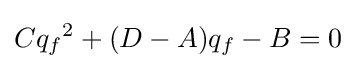
C{q_{f}}^{2}+(D-A)q_{f}-B=0